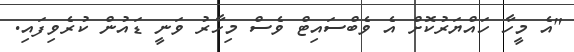
"އެ މީހާ ހައްޔަރުކޮށް އެ ވެބްސައިޓް ވެސް މިހާރު ވަނީ ޑައުން ކުރެވިފައި.